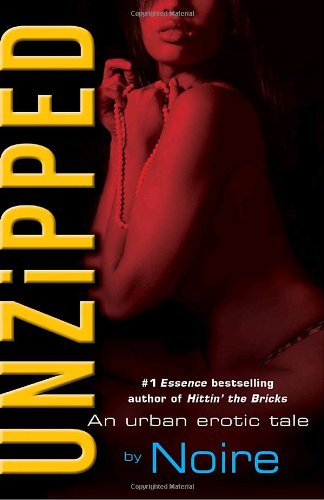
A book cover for Unzipped: An Urban Erotic Tale; Noire; Romance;